Indian journal of veterinary science and animal husbandry - Volumes 22-23, 1952-1953
Year: 1952
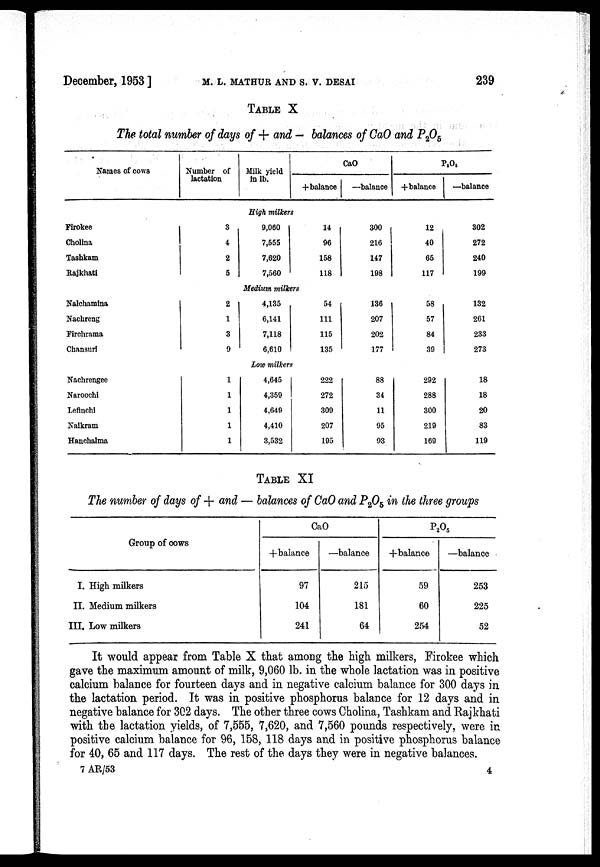
December, 1953 ]
M.
L.
MATHUR
AND
S.
V.
DESAI
239
TABLE X
The total number of days of + and — balances of CaO and P 2 O 5
Names of cows
Firokee
Cholina
Tashkam
Rajkhati
Nalchamina
Nachreng
Firchrama
Chansuri
Nachrengee
Naroochi
Lefinchi
Nalkram
Hanchalma
Number of
lactation
3
4
2
5
2
1
3
9
1
1
1
1
1
Milk yield
in lb.
CaO
+balance
High milkers
9,060
7,555
7,620
7,560
14
96
158
118
Medium milkers
4,135
6,141
7,118
6,610
Low milkers
4,645
4,359
4,649
4,410
3,532
54
111
115
135
222
272
309
207
195
—balance
300
216
147
198
136
207
202
177
88
34
11
95
93
P 2 O 5
+balance
12
40
65
117
58
57
84
39
292
288
300
219
169
—balance
302
272
240
199
132
261
233
273
18
18
20
83
119
TABLE XI
The number of days of + and — balances of CaO and P 2 O 5 in the three groups
Group of cows
I. High milkers
II. Medium milkers
III. Low milkers
CaO
+balance
97
104
241
—balance
215
181
64
P 2 O 5
+balance
59
60
254
—balance
253
225
52
It would appear from Table X that among the high milkers, Firokee which
gave the maximum amount of milk, 9,060 lb. in the whole lactation was in positive
calcium balance for fourteen days and in negative calcium balance for 300 days in
the lactation period. It was in positive phosphorus balance for 12 days and in
negative balance for 302 days. The other three cows Cholina, Tashkam and Rajkhati
with the lactation yields, of 7,555, 7,620, and 7,560 pounds respectively, were in
positive calcium balance for 96, 158, 118 days and in positive phosphorus balance
for 40, 65 and 117 days. The rest of the days they were in negative balances.
7 AR/53
4